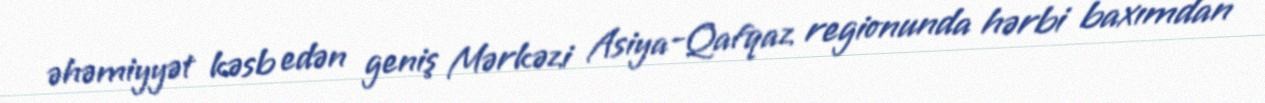
əhəmiyyət kəsb edən geniş Mərkəzi Asiya-Qafqaz regionunda hərbi baxımdan